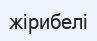
жірибелі